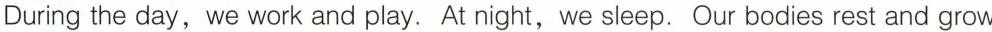
During the day,we work and play. Atnight,we sleep. Our bodies rest and grow